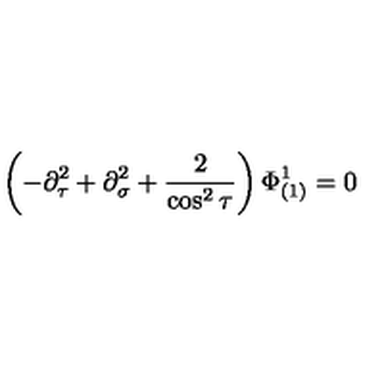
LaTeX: \left( - \partial _ { \tau } ^ { 2 } + \partial _ { \sigma } ^ { 2 } + \frac { 2 } { \cos ^ { 2 } \tau } \right) \Phi _ { ( 1 ) } ^ { 1 } = 0